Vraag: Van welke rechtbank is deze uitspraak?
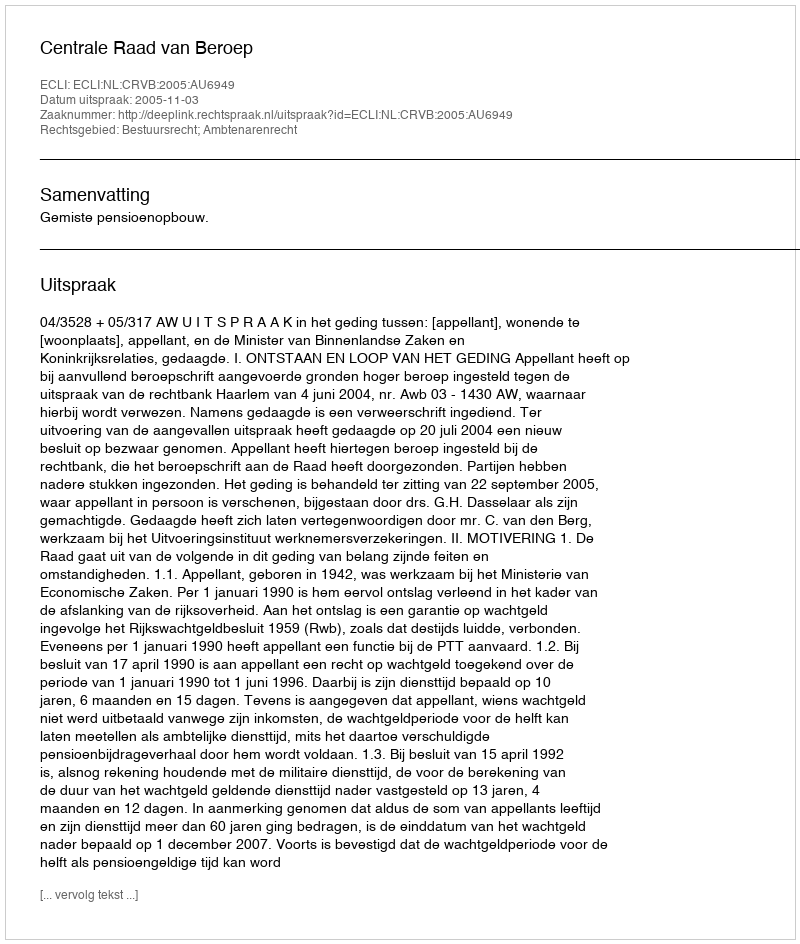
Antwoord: Centrale Raad van Beroep